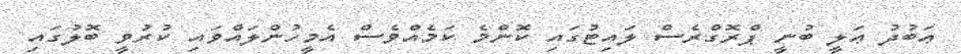
ޢަބުދު ޢަލީ ބުނީ ޕްރޮގްރެސް ލައިޓުގައި ކޮންމެ ކަމެއްވެސް އެމީހުންލައްވައި ކުރުވީ ބޮލުގައި